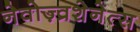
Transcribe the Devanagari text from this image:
नेवोज़्व्रशेनेत्स